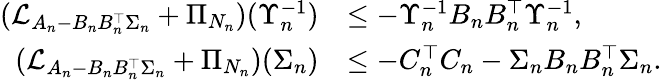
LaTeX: \begin{array}{rl}{(\mathcal{L}_{A_{n}-B_{n}B_{n}^{\top}\Sigma_{n}}+\Pi_{N_{n}})(\Upsilon_{n}^{-1})}&{\le-\Upsilon_{n}^{-1}B_{n}B_{n}^{\top}\Upsilon_{n}^{-1},}\\ {(\mathcal{L}_{A_{n}-B_{n}B_{n}^{\top}\Sigma_{n}}+\Pi_{N_{n}})(\Sigma_{n})}&{\le-C_{n}^{\top}C_{n}-\Sigma_{n}B_{n}B_{n}^{\top}\Sigma_{n}.}\end{array}